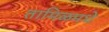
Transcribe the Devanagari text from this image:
तामिळमधे